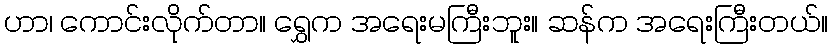
ဟာ၊ ကောင်းလိုက်တာ။ ရွှေက အရေးမကြီးဘူး။ ဆန်က အရေးကြီးတယ်။